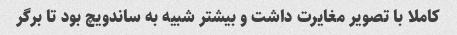
کاملا با تصویر مغایرت داشت و بیشتر شبیه به ساندویچ بود تا برگر